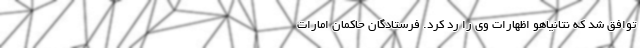
توافق شد که نتانیاهو اظهارات وی را رد کرد. فرستادگان حاکمان امارات